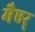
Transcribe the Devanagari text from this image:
मैएर्